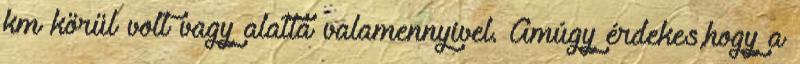
km körül volt vagy alatta valamennyivel. Amúgy érdekes,hogy a